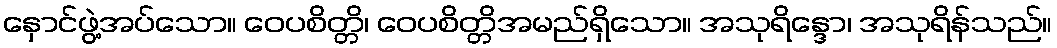
နှောင်ဖွဲ့အပ်သော။ ဝေပစိတ္တိ၊ ဝေပစိတ္တိအမည်ရှိသော။ အသုရိန္ဒော၊ အသုရိန်သည်။